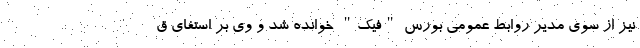
نیز از سوی مدیر روابط عمومی بورس "فیک" خوانده شد و وی بر استفای ق